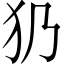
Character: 𤜠